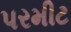
પરમીટ